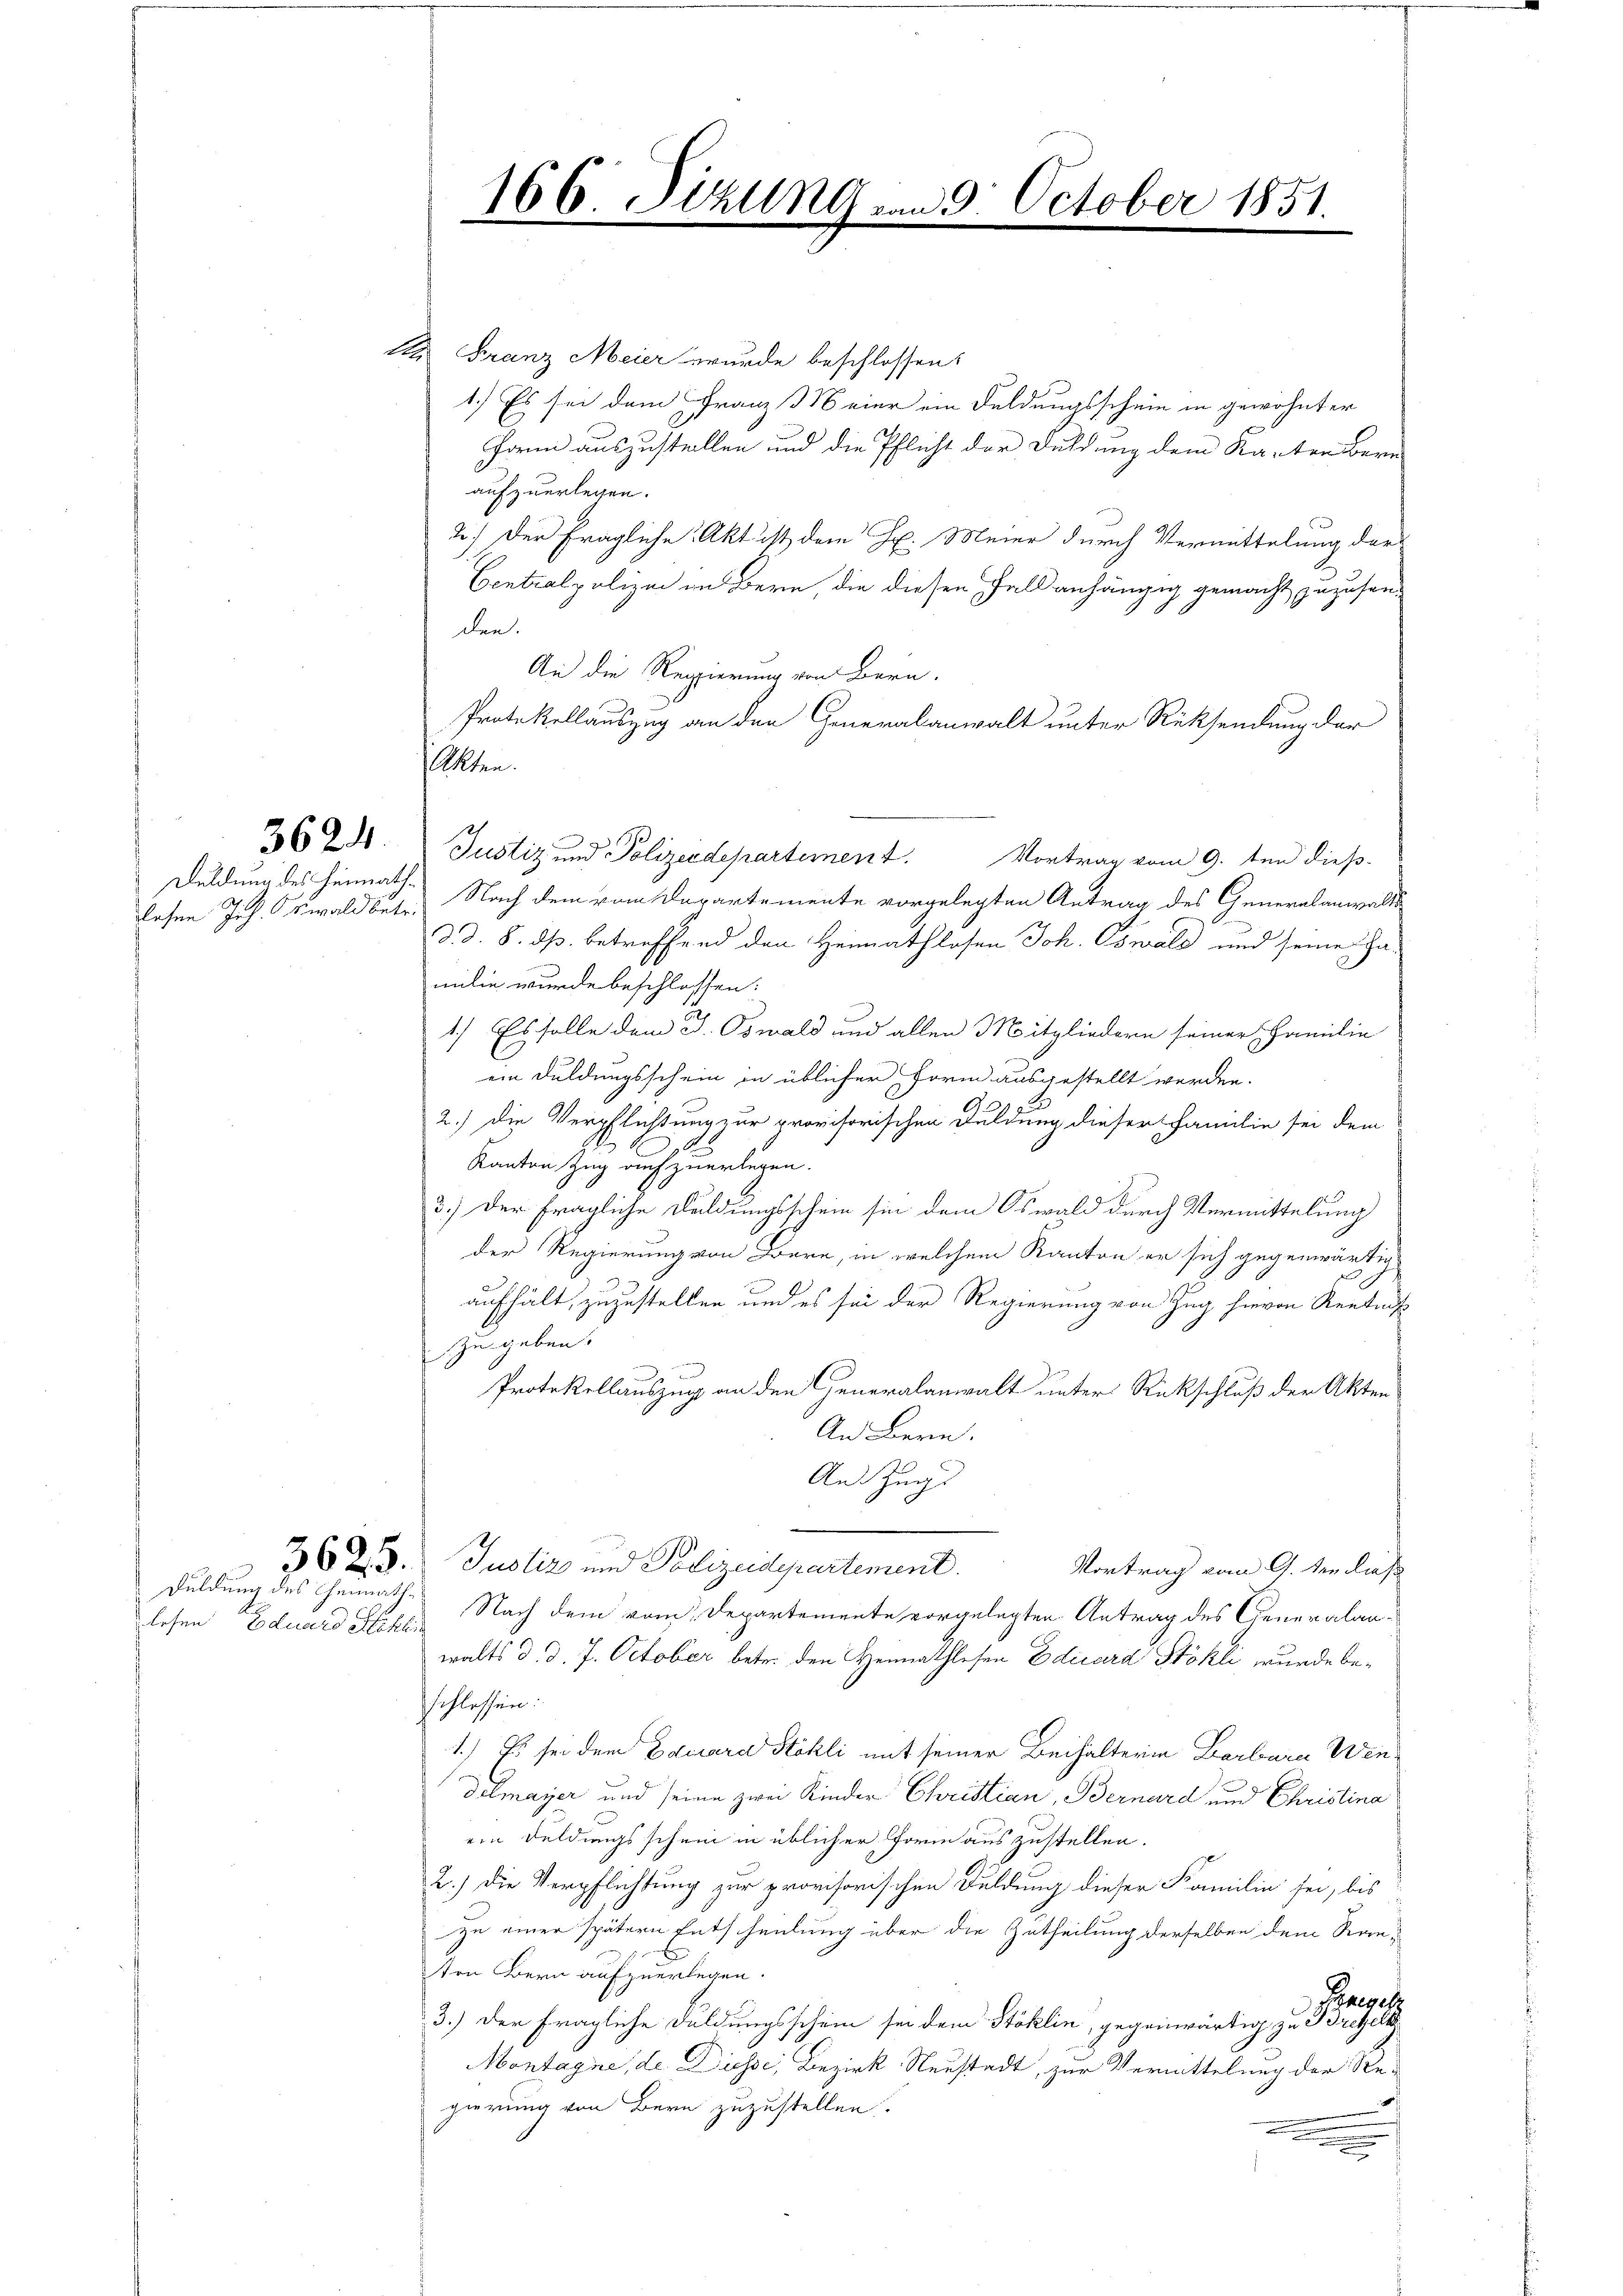
Duldung des Heimath¬

lesen Eduard Schli

5625.
Duldung des Heimath¬

An Franz Meier wurde beschlossen:
1.) Es sei dem Franz Meier ein Feldungsschein in gewohnter
hornn auszustellen und die Pflicht der Duldung dem Karten Bern
aufzuerlegen.
2.) Der fragliche Akt ist dem Hr. Meier durch Vermittelung der
Centralpolizei in Bern, die diesen Fall anhängig gemacht zuzusenden.
An die Regierung von Bern.
Protokollauszug an den Generalanwalt unter Rücksendung der
3621. Justiz und Polizeidepartement. Vortrag vom 9. ten dieß
lesen Joh. Oswaldbetr. Nach dem vom Departemente vorgelegten Antrag des Generalanwalts
d. d. 8. ds. betreffend den Heimathlosen Joh. Oswald und seine Zu-
milie wurde beschlossen:
1.) Es solle dem J. Oswald und allen Mitgliedern seiner Familie
ein Duldungsschein in üblicher Form ausgestellt werden.
2.) Die Verpflichtung zur provisorischen Duldung dieser Familie sei dem
Kanton Zug auf zuerlegen.
3.) Der fragliche Duldungsschein sie dem Oswald durch Vermittelung
der Regierung von Bare, in welchem Kanton er sich gegenwärtig
aufhält, zuzustellen, und es sei der Regierung von Zug hievon Rentars
zu geben.
3
Protokollauszug an den Generalanwalt unter Rückschluß der Akten
An Bern.
An Zung
Justiz und Polizeidepartement.
Vortrag vom 9. den ließ
Nach dem vom Departemente vorgelegten Antrag des Generalanwalts d. d. J. October betr. den Heimathlesen Edicard Stökli wurde beschlossen:
1.) Es sei dem Eduard Stöhli mit seiner Beihalterin Barbara Windelmayer und seine zwei Kinder Christian, Bernard und Christina
ein Feldungsschein in üblicher Form auszustellen.
2.) Die Verpflichtung zur provisorischen Duldung dieser Familie sei, bis
zu einer spätern Entscheilung über die Zutheilung derselben dem Stanten Bern aufzuerlegen.
asch
3.) Der fragliche Duldungsschein sei dem Stoklin, gegenwärtig zu Bregelt
Montagne, de Diesse, Bezirk Neustadt, zur Vermittelung der Re¬
.
gierung von Bern zuzustellen.
.

Akten.

166 Sizung vom 5. October 1851.

e
A